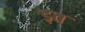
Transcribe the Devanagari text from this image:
ड़त